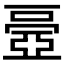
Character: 𠁏